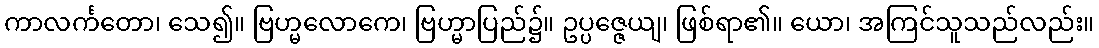
ကာလင်္ကတော၊ သေ၍။ ဗြဟ္မလောကေ၊ ဗြဟ္မာပြည်၌။ ဥပ္ပဇ္ဇေယျ၊ ဖြစ်ရာ၏။ ယော၊ အကြင်သူသည်လည်း။